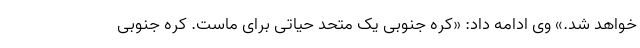
خواهد شد.» وی ادامه داد: «کره جنوبی یک متحد حیاتی برای ماست. کره جنوبی